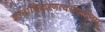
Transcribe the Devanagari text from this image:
ज्ञानाधिकरणत्वसंपादनम्